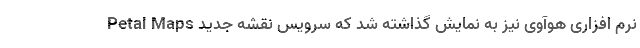
نرم افزاری هوآوی نیز به نمایش گذاشته شد که سرویس نقشه جدید Petal Maps